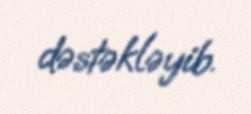
dəstəkləyib.